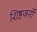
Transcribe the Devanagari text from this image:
शिष्टजनों